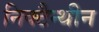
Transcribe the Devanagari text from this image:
निक्टैन्थीन